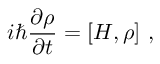
i \hbar { \frac { \partial \rho } { \partial t } } = [ H , \rho ] ~ ,